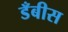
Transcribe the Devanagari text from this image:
डँबीस